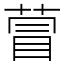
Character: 萺